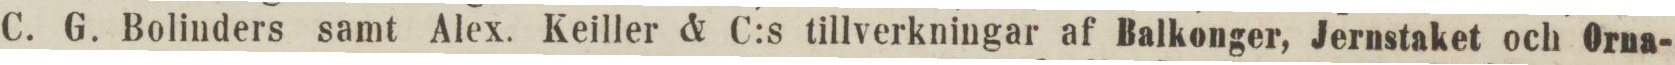
C. G. Bolinders samt Alex. Keiller & C:s tillverkningar af Balkonger, Jernstaket och Orna-